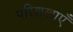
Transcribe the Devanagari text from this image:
परिशखाएँ